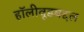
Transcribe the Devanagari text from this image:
हॉलीवूडबद्दल